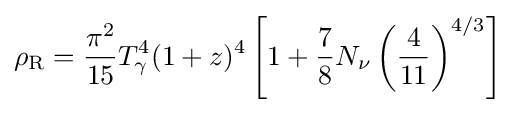
\rho _{\text{R}}={\frac {\pi ^{2}}{15}}T_{\gamma }^{4}(1+z)^{4}\left[1+{\frac {7}{8}}N_{\nu }\left({\frac {4}{11}}\right)^{4/3}\right]